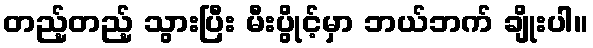
တည့်တည့် သွားပြီး မီးပွိုင့်မှာ ဘယ်ဘက် ချိုးပါ။